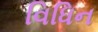
વિધિન